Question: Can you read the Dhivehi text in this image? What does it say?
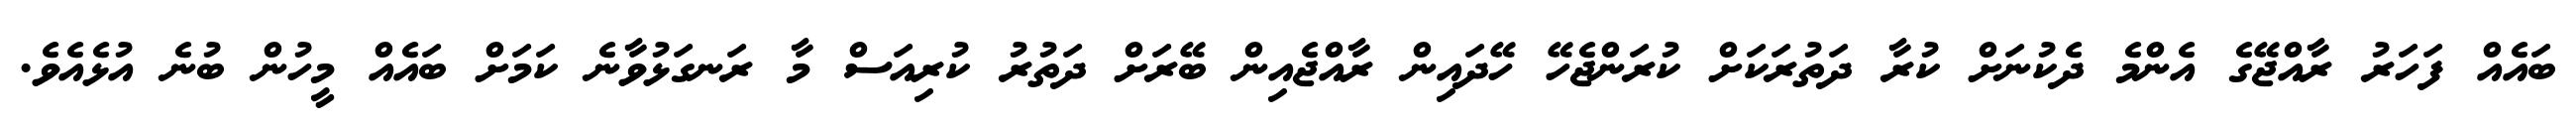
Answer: ބައެއް ފަހަރު ރާއްޖޭގެ އެންމެ ދެކުނަށް ކުރާ ދަތުރަކަށް ކުރަންޖެހޭ ހޭދައިން ރާއްޖެއިން ބޭރަށް ދަތުރު ކުރިއަސް މާ ރަނގަޅުވާނެ ކަމަށް ބައެއް މީހުން ބުނެ އުޅެއެވެ.